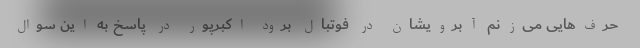
حرف‌هایی می‌زنم آبرویشان در فوتبال برود اکبرپور در پاسخ به این سوال